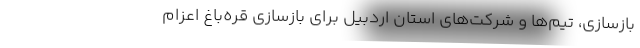
بازسازی، تیم‌ها و شرکت‌های استان اردبیل برای بازسازی قره‌باغ اعزام